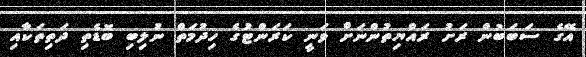
އޭގެ ސަބަބުން ރަށު ރައްޔިތުންނަށް ވަނީ ކަރަންޓުގެ ހިދުމަތް ނުލިބި ބޮޑެތި ދަތިތަކާއި